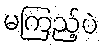
မကြည့်ပဲ